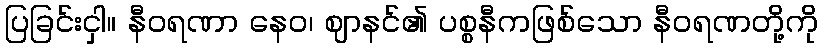
ပြခြင်းငှါ။ နီဝရဏာ နေဝ၊ ဈာနင်၏ ပစ္စနီကဖြစ်သော နီဝရဏတို့ကို